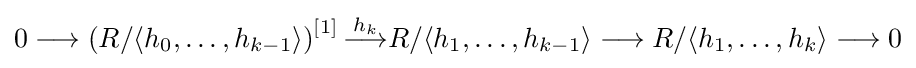
0\longrightarrow \left(R/\langle h_{0},\ldots ,h_{k-1}\rangle \right)^{[1]}{\stackrel {h_{k}}{\longrightarrow }}R/\langle h_{1},\ldots ,h_{k-1}\rangle \longrightarrow R/\langle h_{1},\ldots ,h_{k}\rangle \longrightarrow 0